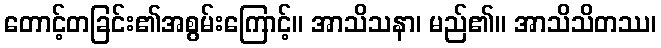
တောင့်တခြင်း၏အစွမ်းကြောင့်။ အာသိသနာ၊ မည်၏။ အာသိသိတဿ၊